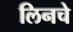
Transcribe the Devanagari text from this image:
लिनचे